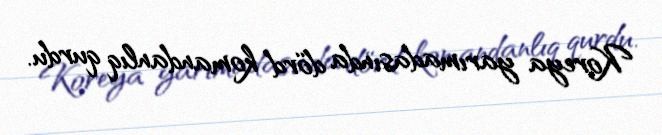
Koreya yarımadasında dörd komandanlıq qurdu.